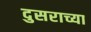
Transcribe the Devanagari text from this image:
दुसराच्या